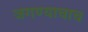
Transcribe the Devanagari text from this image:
जगण्याचाच